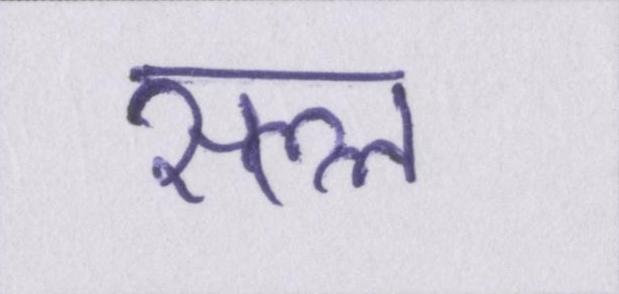
सल्ल